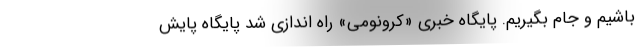
باشیم و جام بگیریم. پایگاه خبری «کرونومی» راه اندازی شد پایگاه پایش